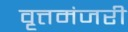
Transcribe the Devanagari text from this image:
वृत्तमंजरी